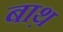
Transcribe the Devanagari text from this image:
बाथ़